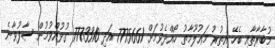
މުބާރާތާއި ބެހޭ އިތުރު މަޢުލޫމާތު ހޯއްދެވުމަށް 7775661 އަދި 7773310 ގުޅުއްވުމުން ސާފުވާނެ